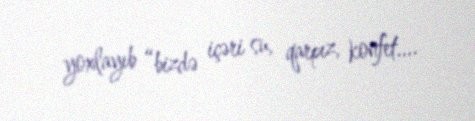
yoxlayıb “bizdə içəri su, qarpız, konfet….